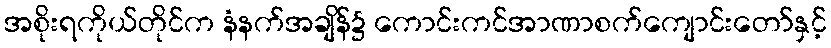
အစိုးရကိုယ်တိုင်က နံနက်အချိန်၌ ကောင်းကင်အာဏာစက်ကျောင်းတော်နှင့်